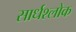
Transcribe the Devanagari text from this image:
सार्धश्लोक